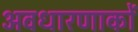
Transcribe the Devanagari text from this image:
अवधारणाकों